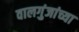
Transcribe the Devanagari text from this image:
वालगुंजांच्या